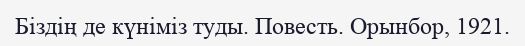
Біздің де күніміз туды. Повесть. Орынбор, 1921.